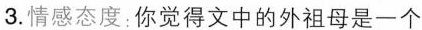
3.情感态度：你觉得文中的外祖母是一个